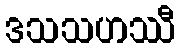
ဒသသဟဿီ